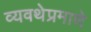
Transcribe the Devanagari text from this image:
व्यवथेप्रमाणे